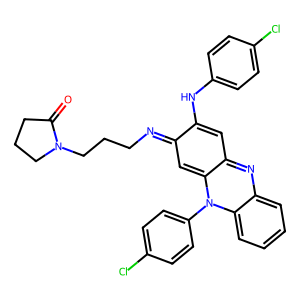
SMILES: O=C1CCCN1CCCN=c1cc2n(-c3ccc(Cl)cc3)c3ccccc3nc-2cc1Nc1ccc(Cl)cc1
Inhibits HIV replication: No